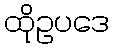
ထိုဥပဒေ